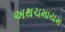
અથચમાયમ